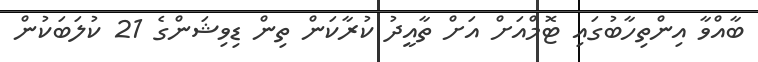
ބާއްވާ އިންތިހާބުގައި ޓޮމްއަށް އަށް ތާއީދު ކުރާކަން ތިން ޑިވިޝަންގެ 21 ކުލަބަކުން